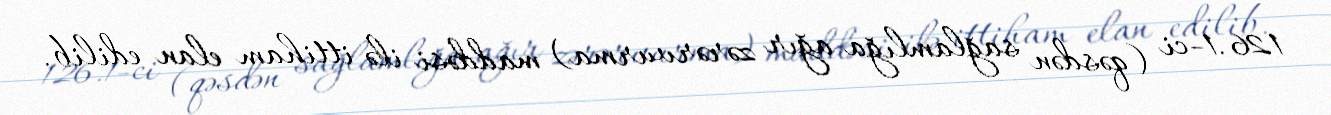
126.1-ci (qəsdən sağlamlığa ağır zərərvurma) maddəsi ilə ittiham elan edilib.